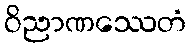
ဝိညာဏဿေတံ